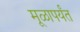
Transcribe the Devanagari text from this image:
मूळापर्यंत